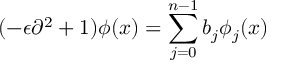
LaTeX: ( - \epsilon \partial ^ { 2 } + 1 ) \phi ( x ) = \sum _ { j = 0 } ^ { n - 1 } b _ { j } \phi _ { j } ( x )